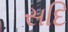
સદિ